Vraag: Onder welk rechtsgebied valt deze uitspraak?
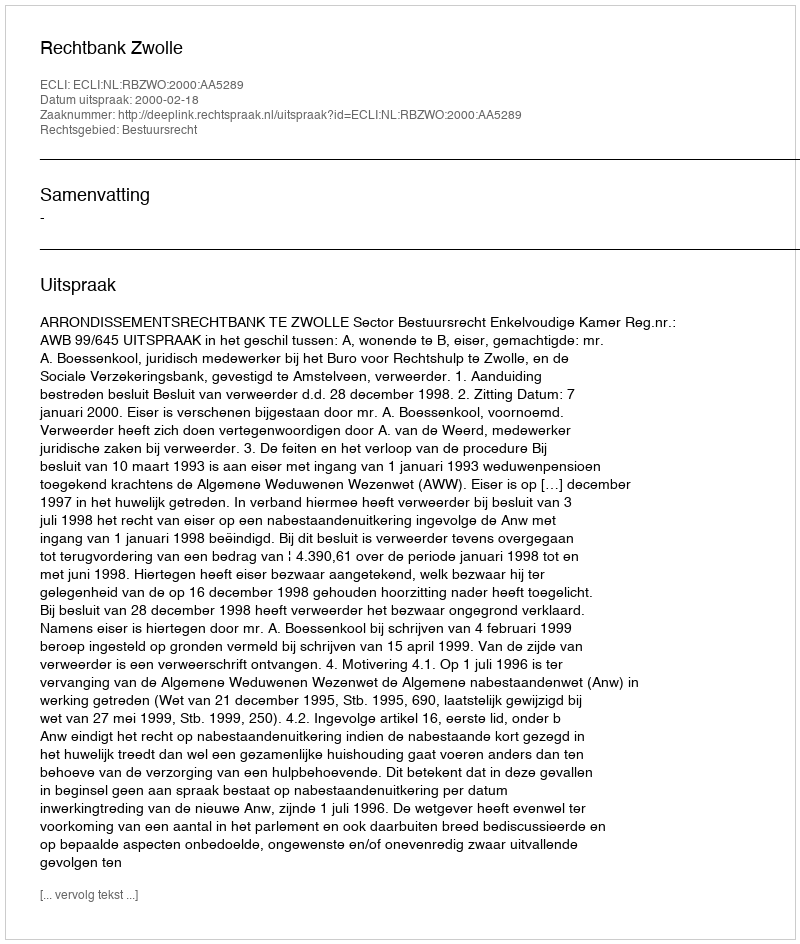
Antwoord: Bestuursrecht